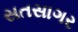
સતસાગર